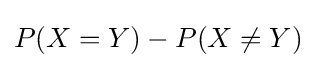
P(X=Y)-P(X\neq Y)